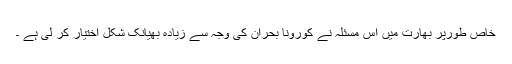
خاص طورپر بھارت میں اس مسئلہ نے کورونا بحران کی وجہ سے زیادہ بھیانک شکل اختیار کر لی ہے ۔